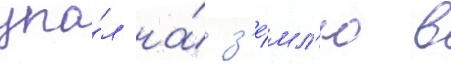
упа́л на́ з'е́мл'ю в